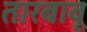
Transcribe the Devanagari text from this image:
तारबाबू